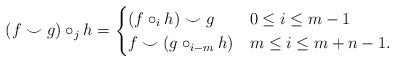
LaTeX: \begin{align*}(f\smile g)\circ_jh =\begin{cases}(f\circ_i h)\smile g & 0\leq i \leq m-1\\f\smile (g\circ_{i-m}h) & m\leq i \leq m+n-1.\end{cases}\end{align*}